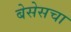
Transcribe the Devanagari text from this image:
बेसेसचा